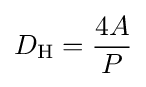
D_{\text{H}}={\frac {4A}{P}}